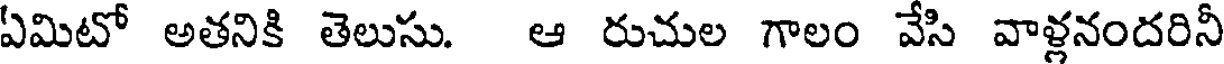
ఏమిటో అతనికి తెలుసు. ఆ రుచుల గాలం వేసి వాళ్లనందరినీ